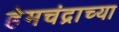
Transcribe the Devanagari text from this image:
हेमचंद्राच्या